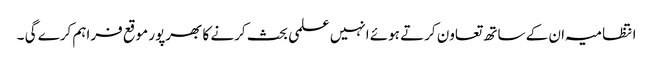
انتظامیہ ان کے ساتھ تعاون کرتے ہوئے انہیں علمی بحث کرنے کا بھرپور موقع فراہم کرے گی ۔